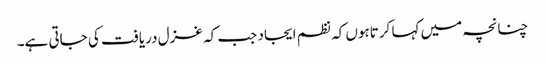
چنانچہ میں کہا کرتاہوں کہ نظم ایجاد جب کہ غزل دریافت کی جاتی ہے۔